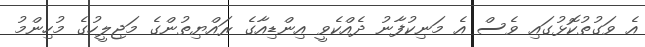
އެ ވަގުތުކޮޅުގައި ވެސް އެ މަނިކުފާނު ދެއްކެވީ އިންޑިއާގެ ރައްޔިތުންގެ މަޖިލީހުގެ މުހިންމު